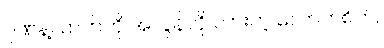
ဂုဏ်နဲ့လာဘ်ကို အလွန်လို လားတဲ့ လောဘစိတ်,